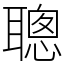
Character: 聰